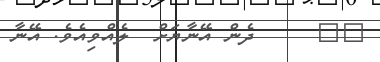
٢٠     ދެން އޭނާޔަށް  ލެއްވިއެވެ. އޭނާ